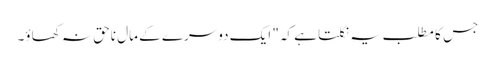
جس کا مطلب یہ نکلتا ہے کہ" ایک دوسرے کے مال ناحق نہ کھاؤ۔